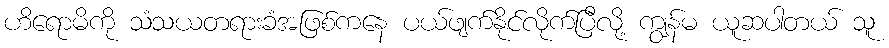
ဟိရောမိကို သံသယတရားခံအဖြစ်ကနေ ပယ်ဖျက်နိုင်လိုက်ပြီလို့ ကျွန်မ ယူဆပါတယ် သူ